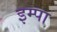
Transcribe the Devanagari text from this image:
इम्पा